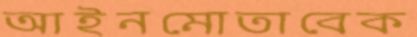
আইনমোতাবেক